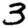
Digit: 3